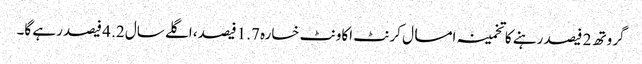
گروتھ 2 فیصد رہنے کا تخمینہ امسال کرنٹ اکاونٹ خسارہ 1.7 فیصد، اگلے سال 2. 4 فیصد رہے گا۔